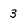
Character: 3